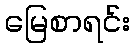
မြေစာရင်း